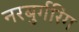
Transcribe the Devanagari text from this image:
नरबुर्गरिंग